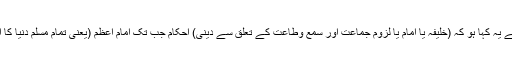
اس کے باوجود ہمیں نہیں معلوم کہ کسی عالم نے یہ کہا ہو کہ (خلیفہ یا امام یا لزوم جماعت اور سمع وطاعت کے تعلق سے دینی) احکام جب تک امام اعظم (یعنی تمام مسلم دنیا کا ایک ہی خلیفہ) نہ ہو تو ان پر عمل درست نہیں)۔